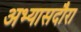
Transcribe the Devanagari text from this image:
अभ्यासदौरा